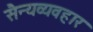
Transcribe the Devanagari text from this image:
सैन्यव्यवहार